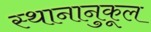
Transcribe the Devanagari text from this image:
स्थानानुकूल